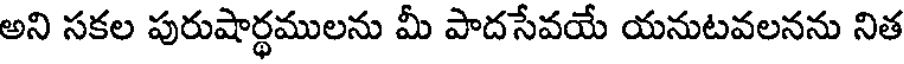
అని సకల పురుషార్థములను మీ పాదసేవయే యనుటవలనను నిత